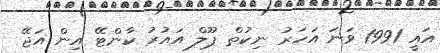
އައީ 1991 ވަނަ އަހަރު ނިކުތް ޕޫލް އައުރު ކާންޓޭ އިން އަޖޭ